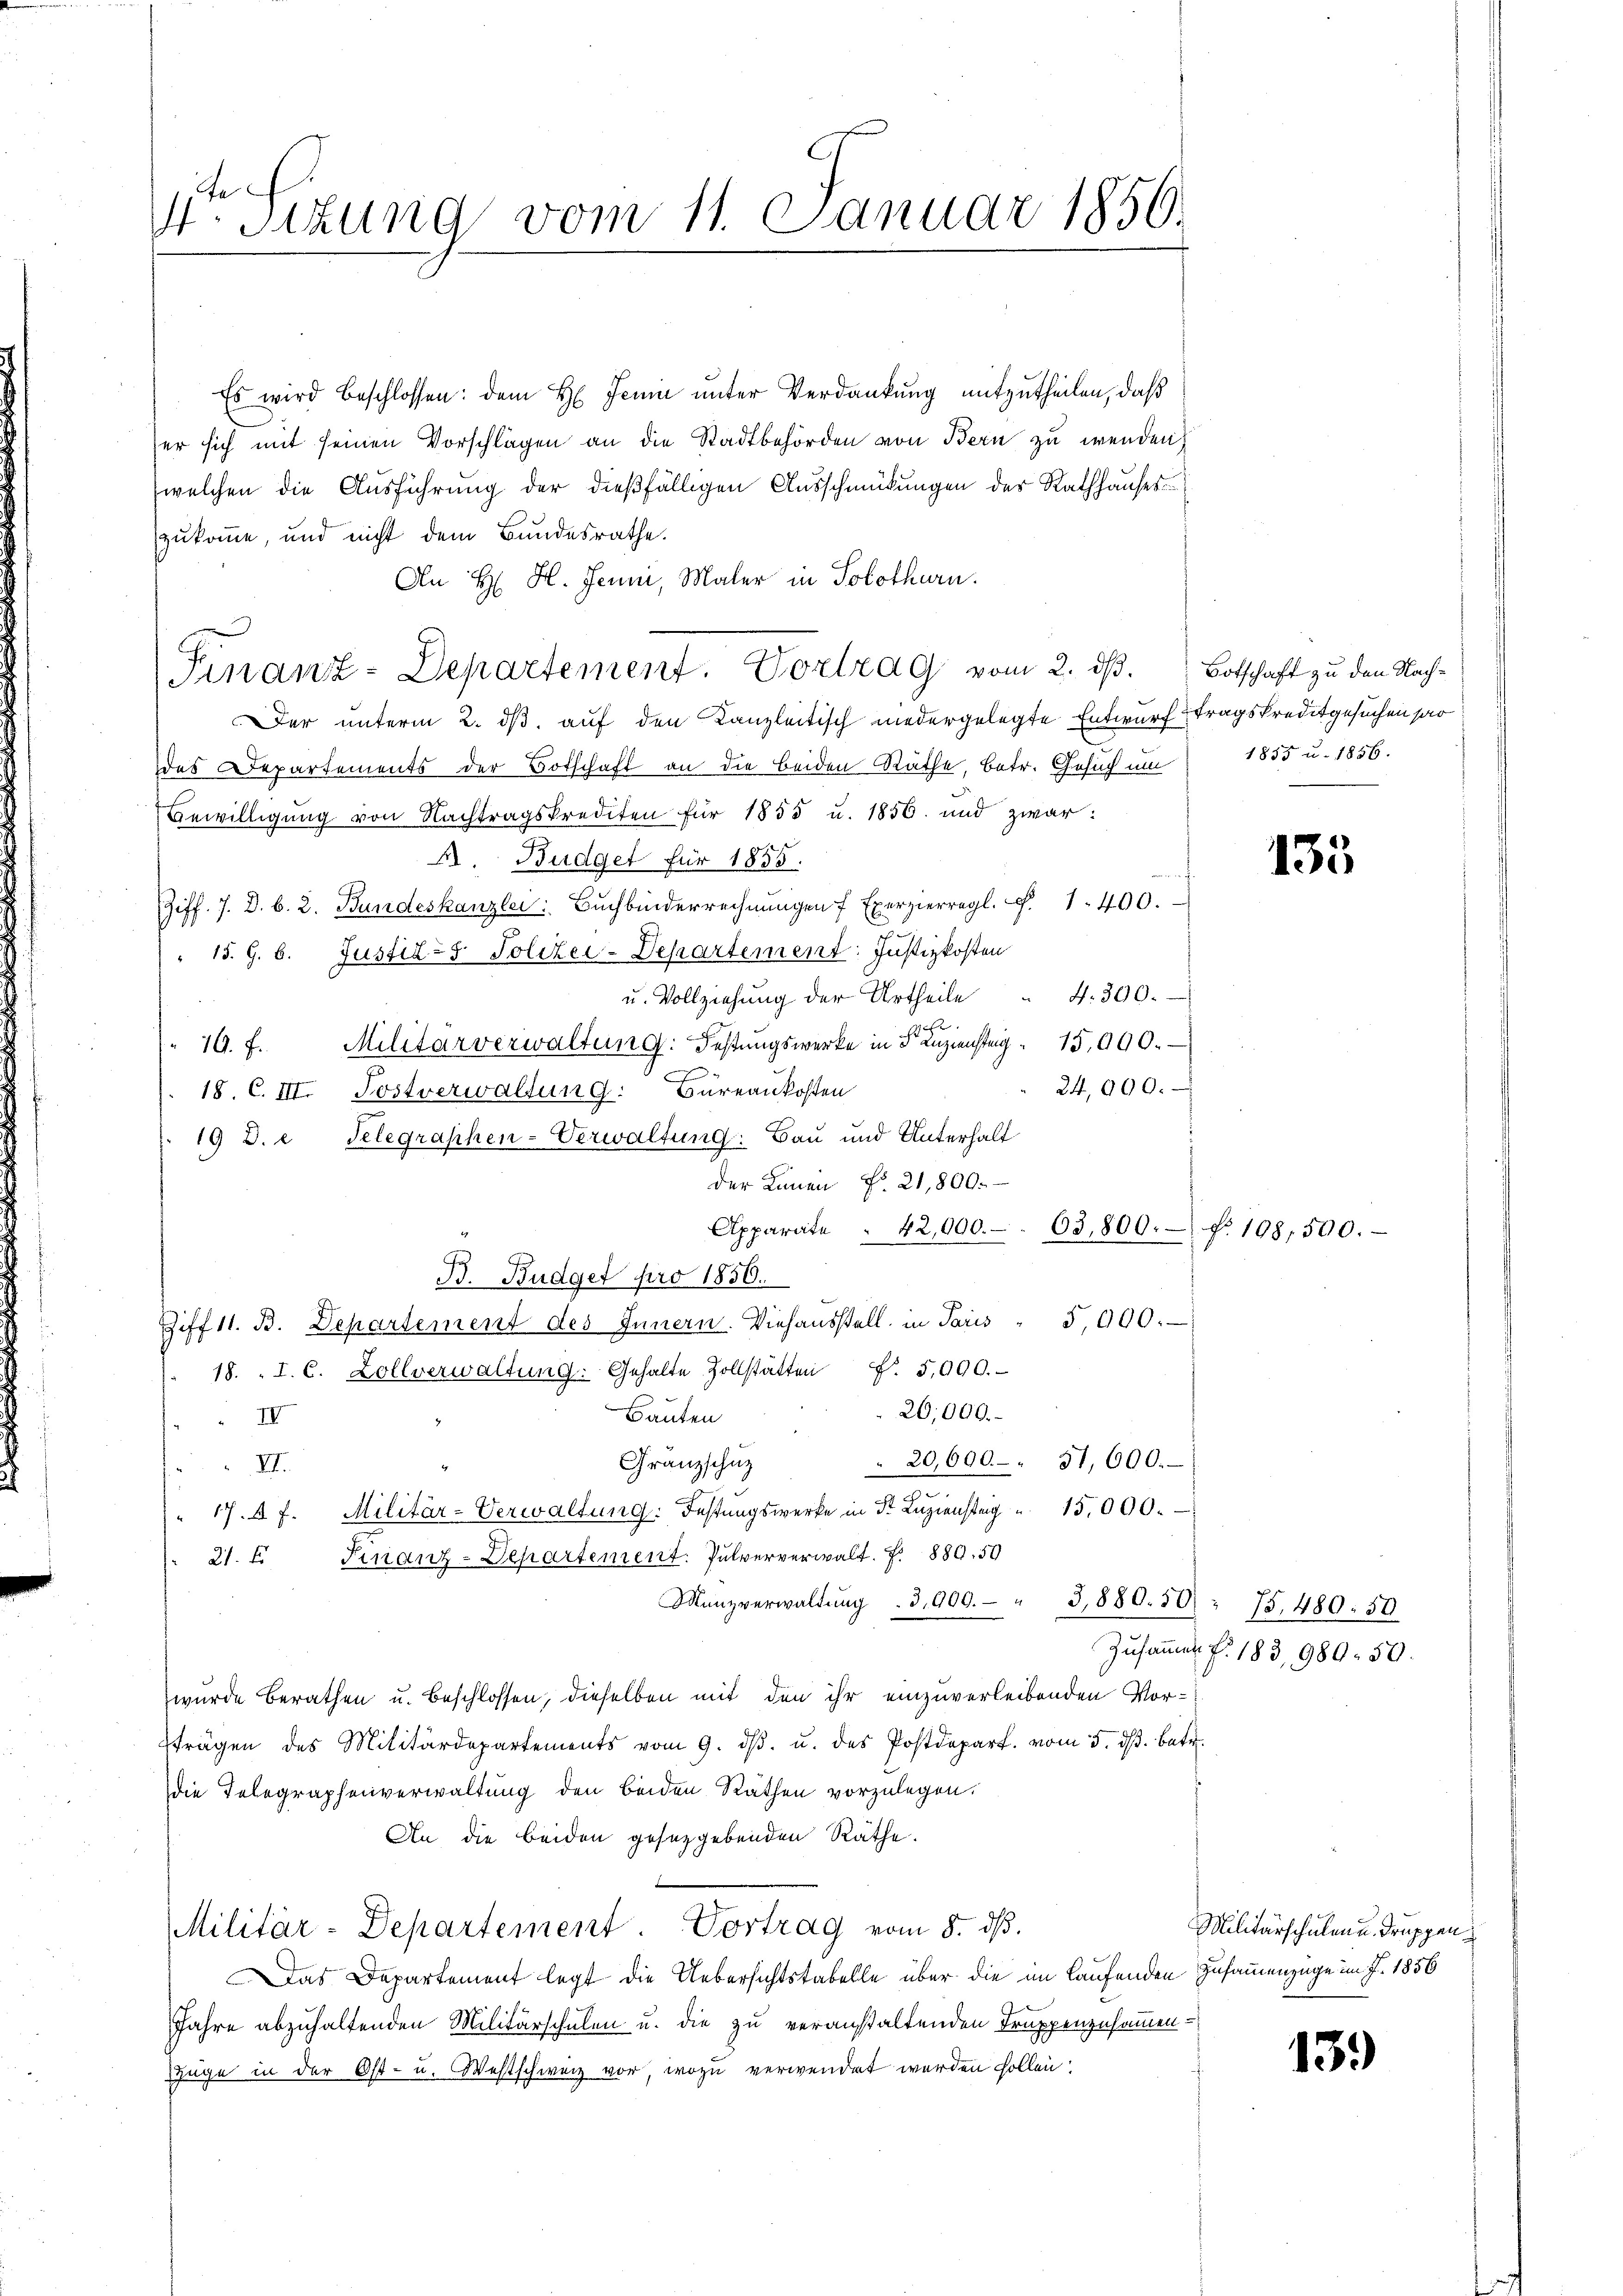
4te Sizung vom 11. Januar 1856.

Es wird beschlossen: dem H. Jenii unter Verdankung mitzutheilen, daß
er sich mit seinen Vorschlägen an die Stadtbehörden von Bern zu wenden
welchen die Ausführung der dießfälligen Ausschmückungen des Rathhauses
zukomme, und nicht dem Bundesrathe.
An H. H. Jenni, Maler in Solothurn.
Finanz-Departement. Vortrag vom 2. dß. Botschaft zu den Nach¬
Der unterm 2. ds. auf den Kanzleitisch niedergelegte Entwurf tragskreditgesuchen par
des Departements der Botschaft an die beiden Räthe, betr. Gesuch um
Bewilligung von Nachtragskrediten für 1855 u. 1856 und zwar:
A. Budget für 1855.
Ziff. 7. d. b. 2. Bundeskanzlei: Bŭchbinderrechnŭngen Exerzierregl. F. 1400.
de
" 15. 9. 6. Justiz- & Polizei-Departement: Justizkosten
u. Vollziehŭng der Urtheile " 4. 300.
e
16. f. Militärverwaltung: Festungswerke in d Anzienstag 15,000.
24,000.
18. C. III. Postverwaltung: Büreaukosten
19 D. e. Telegraphen-Verwaltung: Bau und Unterhalt
der Lanen No. 21,800.
Apparate . 42,000. 63,800. f. 108,500.
B. Budget pro 1856.
Hiff 11. d. Departement des Innern. Viehaŭsstell in Paris " 5,000.
18. I. C. Zollverwaltŭng. Gehalte Zollstatten f. 5,000.
20,000.
Bauten
IV
20,600 " 51,600.
Granzschuz
XII.
" 17. A. Militär-Verwaltung: Festungswerke in Dr. Luziensteig " 15,000.
21. Finanz-Departement. Pulververwalt. F. 889. 59
Manzverwaltŭng  3,900. " 3,880. 50
wurde berathen u. Beschlossen, dieselben mit den ihr einzuverleibenden Vorträgen des Militärdepartements vom 9. dβ. u. des Postdepart. vom 5. ds. betr.
die Telegraphenverwaltung den beiden Räthen vorzulegen.
An die beiden gesetzgebenden Räthe.
Militär-Departement. Vortrag vom 8. ds.
Das Departement legt die Uebersichtstabelle über die im Laufenden Zusammenzüge im J. 1856
Jahre abzuhaltenden Militärschulen u. die zu veranstaltenden Truppenzusammenzüge in der Ost- u. Westschweiz vor, wozu verwendet werden sollen;

1855 u. 1856.

135

75. 480: 50
Zusammen f. 183, 989. 50.

Militärschulen u. Truppen¬

13.)